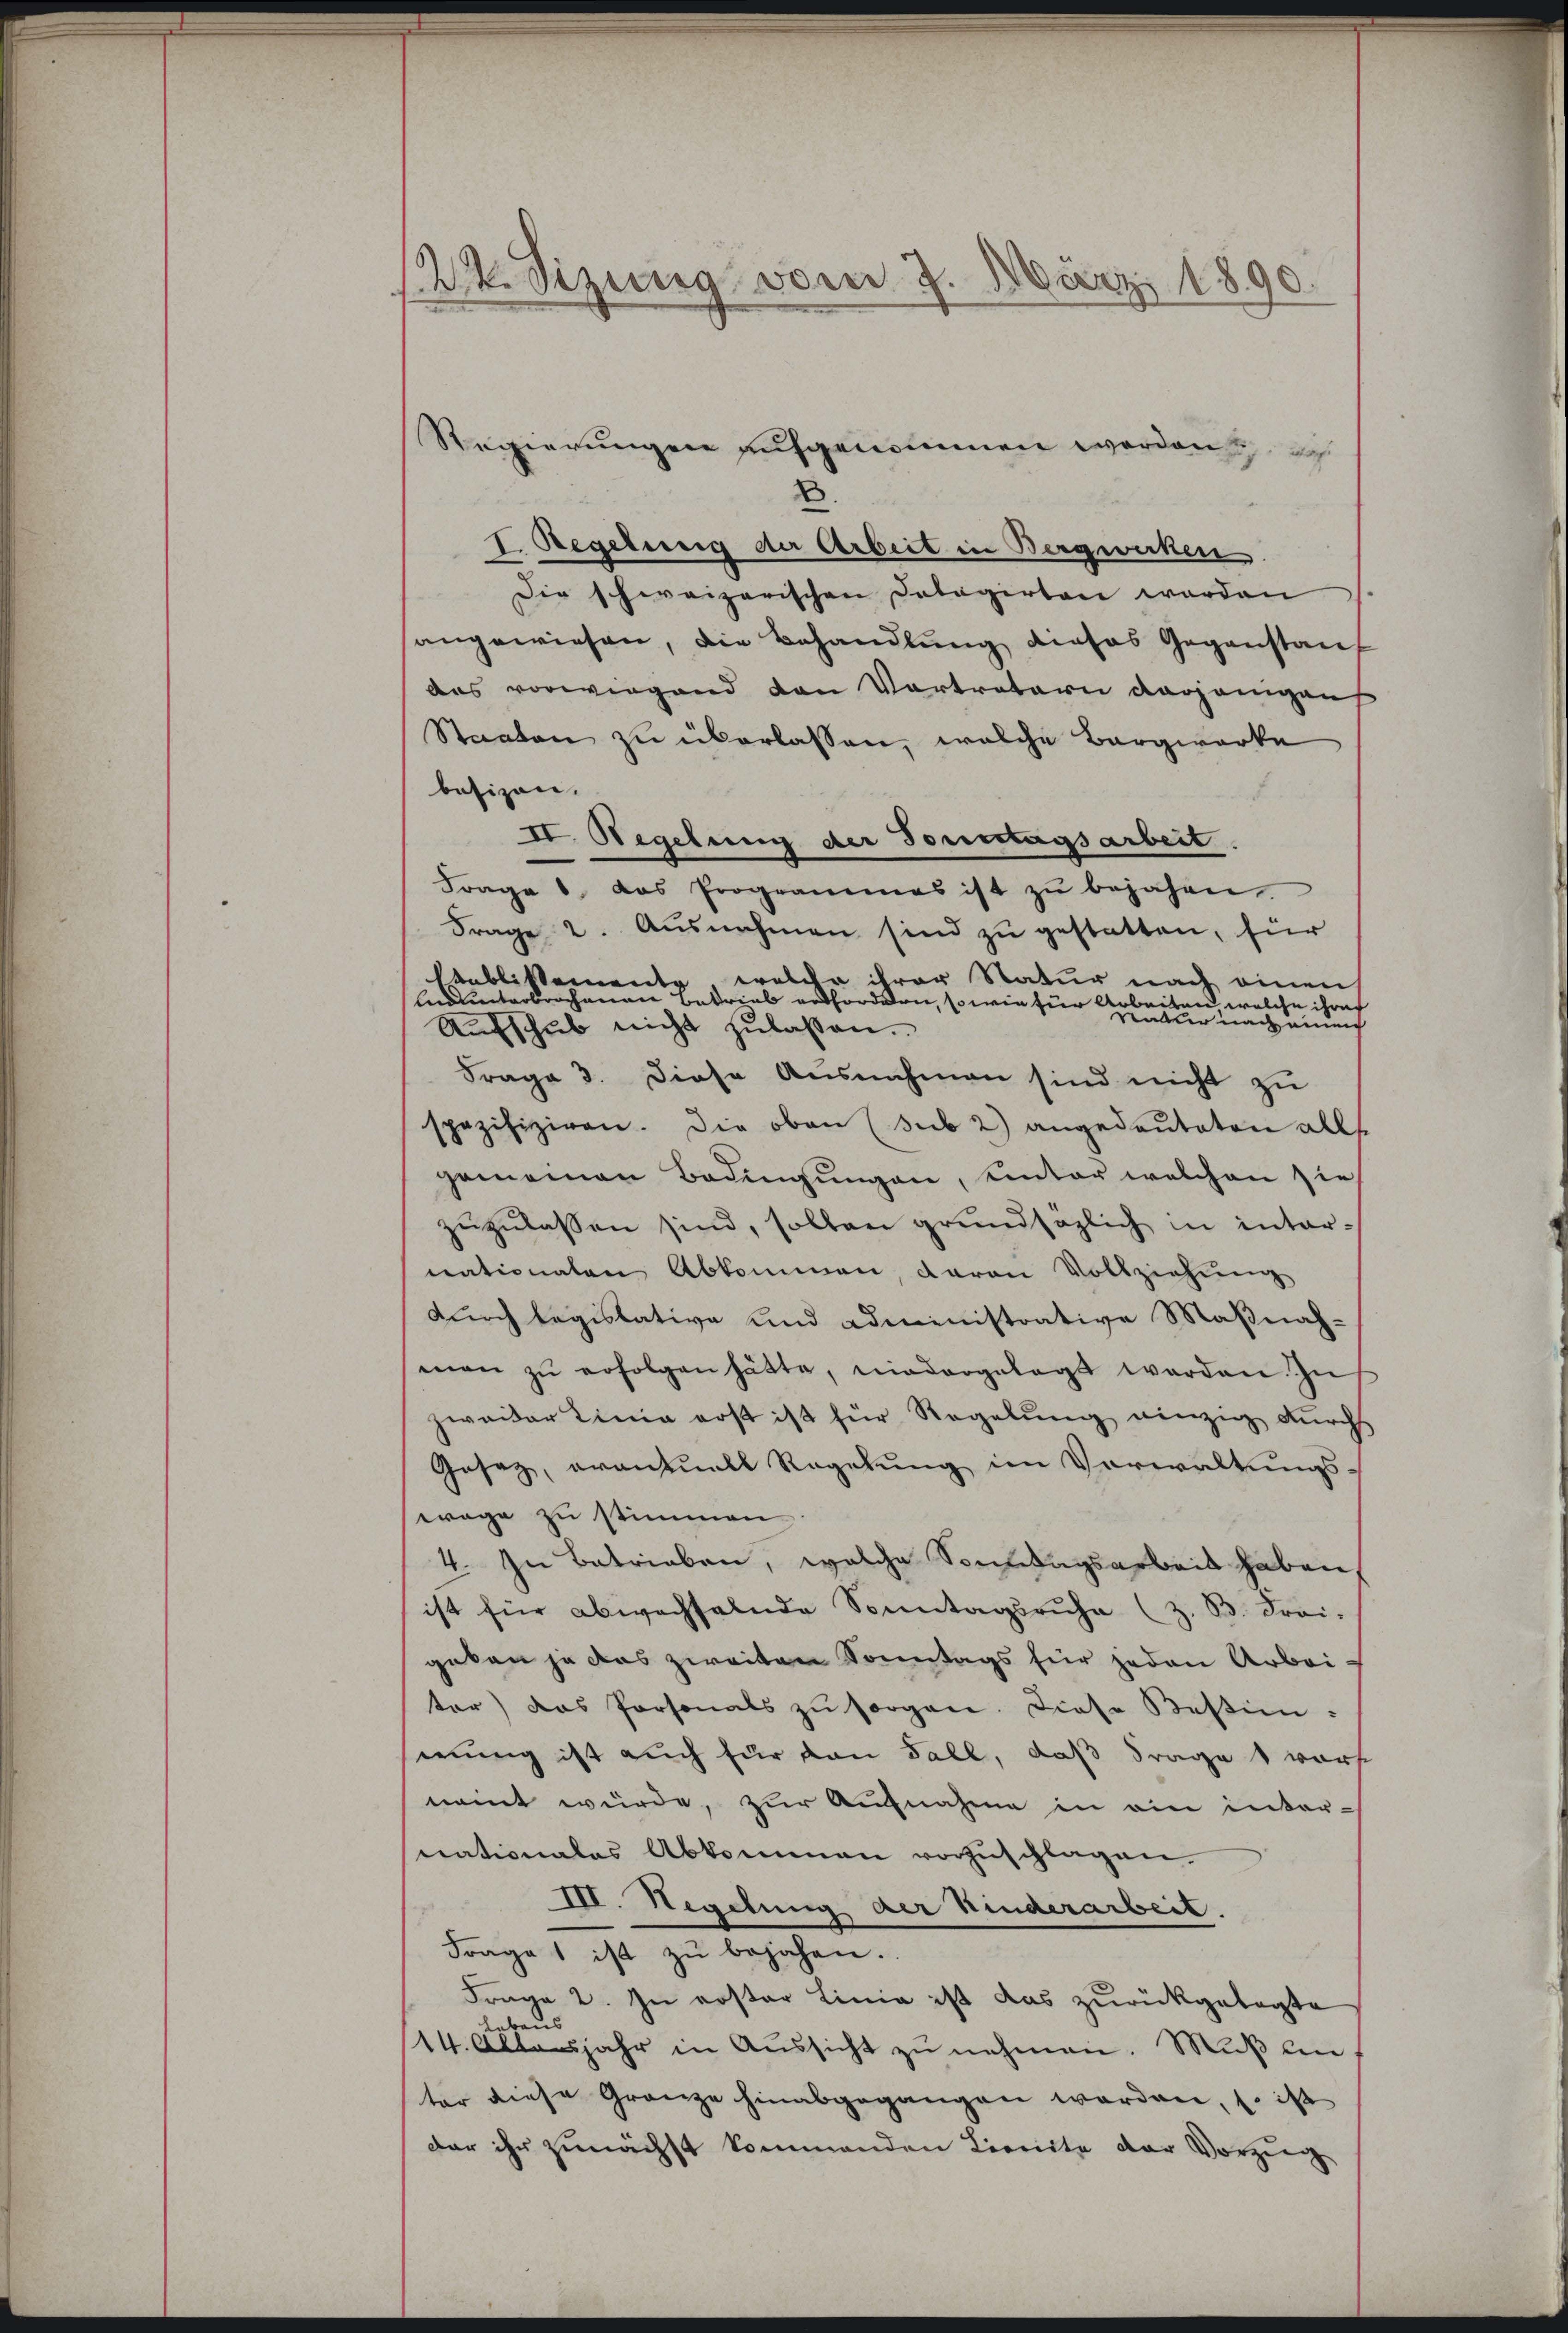
124. Sizung vom 7. März 1890.

Regierungen aufgenommen worden sich i
.
I. Regelung der Arbeit in Bergwerken.
Die schweizerischen Dolagirten worden
sangewiesen, die Behandlŭng dieses Gegenstanf
das vorwiegend den Vortretern derjenigen
Staaten zu überlassen, welche Bergwerke
besizen.
II. Regelung der Tonestagsarbeit.
Frage 1 das Programmes ist zŭ bejahen
Frage 2. Ausnahmen sind zu gestatten, für
, welche ihrer Natur nach einen
aublissemender
Anduunterbrochenen E
trieb entforden, sowie für Arbeiten welche ihre
vatur nach eine
Aufschub nicht zulassen.
Frage 3. diese Ausnahmen sind nicht zu
spezifiziren. Die oben (sub 2) angedeuteten alls
gemeinen Bedingungen, einter welchen sie
zŭzŭlassen sind, sollen grundsazlich in internationalen Abkommen, daran Vollziehung
durch legislative und administrative Maßnah-
man zŭ erfolgen hätte, niedergelegt werden. In
zwaider Linie erst ist für Regelŭng einzig durch
Gesez, eventuell Regelung im Verwaltungswage zu stimmen
4. In Betrieben, welche Sonntagsarbeit haben,
ist für abwechselnde Sonntagsruhe (z. B. Frei-
gaben ja das zweiten Sonntags für jeden Arbei-
ter) das Personals zŭ sorgen. Diese Bestim-
mung ist auch für von Fall, daß Frage 1 vors
nannt würde, zur Aufnahme in ein internationales Abkommann vorzŭschlagen.
III. Hegelung der Kinderarbeit.
Frage 1 ist zŭ bejahen.
Frage 2. Zu erster Linie ist das zurückgelegte
ebens
14. Altersjahr in Aussicht zu nehmen. Muß ein
ter diese Gränze hinabgegangen worden, s. ist
dar ihr zunächst kommenden Lienite der Vorzug